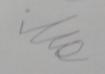
Signature authenticity: forged